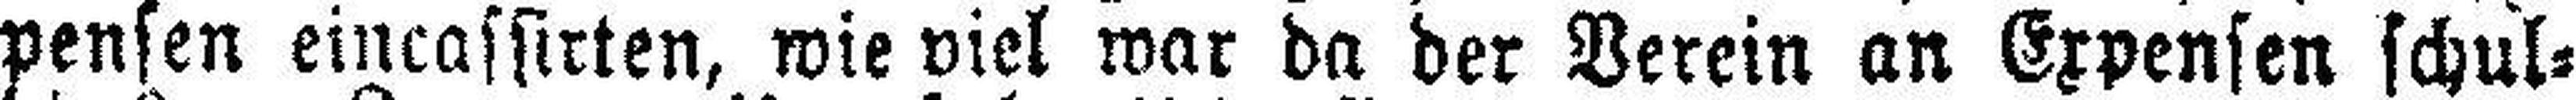
pensen eincassirten, wie viel war da der Verein an Expensen schul¬